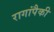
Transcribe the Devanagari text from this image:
रागांपैकी